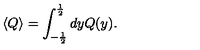
\langle Q \rangle = \int _ { - \frac { 1 } { 2 } } ^ { \frac { 1 } { 2 } } d y Q ( y ) .